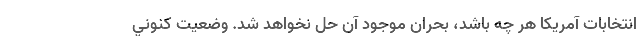
انتخابات آمريكا هر چه باشد، بحران موجود آن حل نخواهد شد. وضعيت كنوني